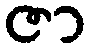
ဇာ